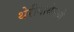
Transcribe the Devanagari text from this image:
थेरीगाथेमध्ये